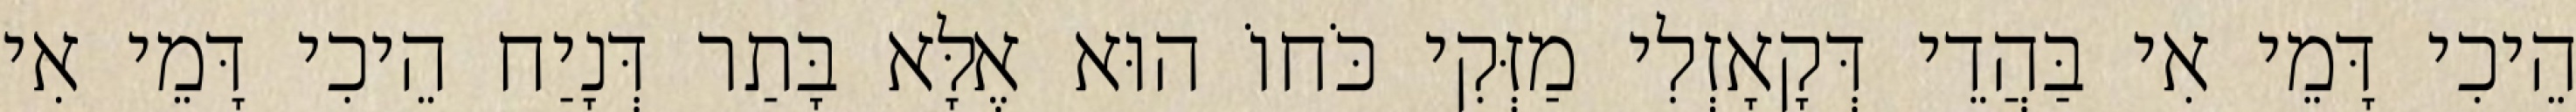
הֵיכִי דָּמֵי אִי בַּהֲדֵי דְּקָאָזְלִי מַזְּקִי כֹּחוֹ הוּא אֶלָּא בָּתַר דְּנָיַח הֵיכִי דָּמֵי אִי